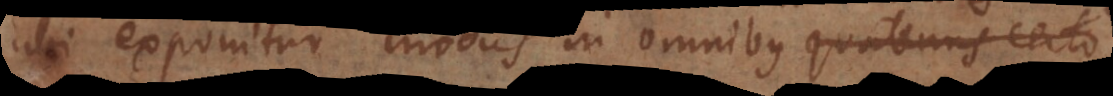
ubi exponitur modus in omnibus quatenus certo